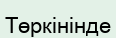
Төркінінде